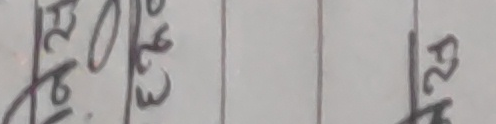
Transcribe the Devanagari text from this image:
४३ २० १ २५